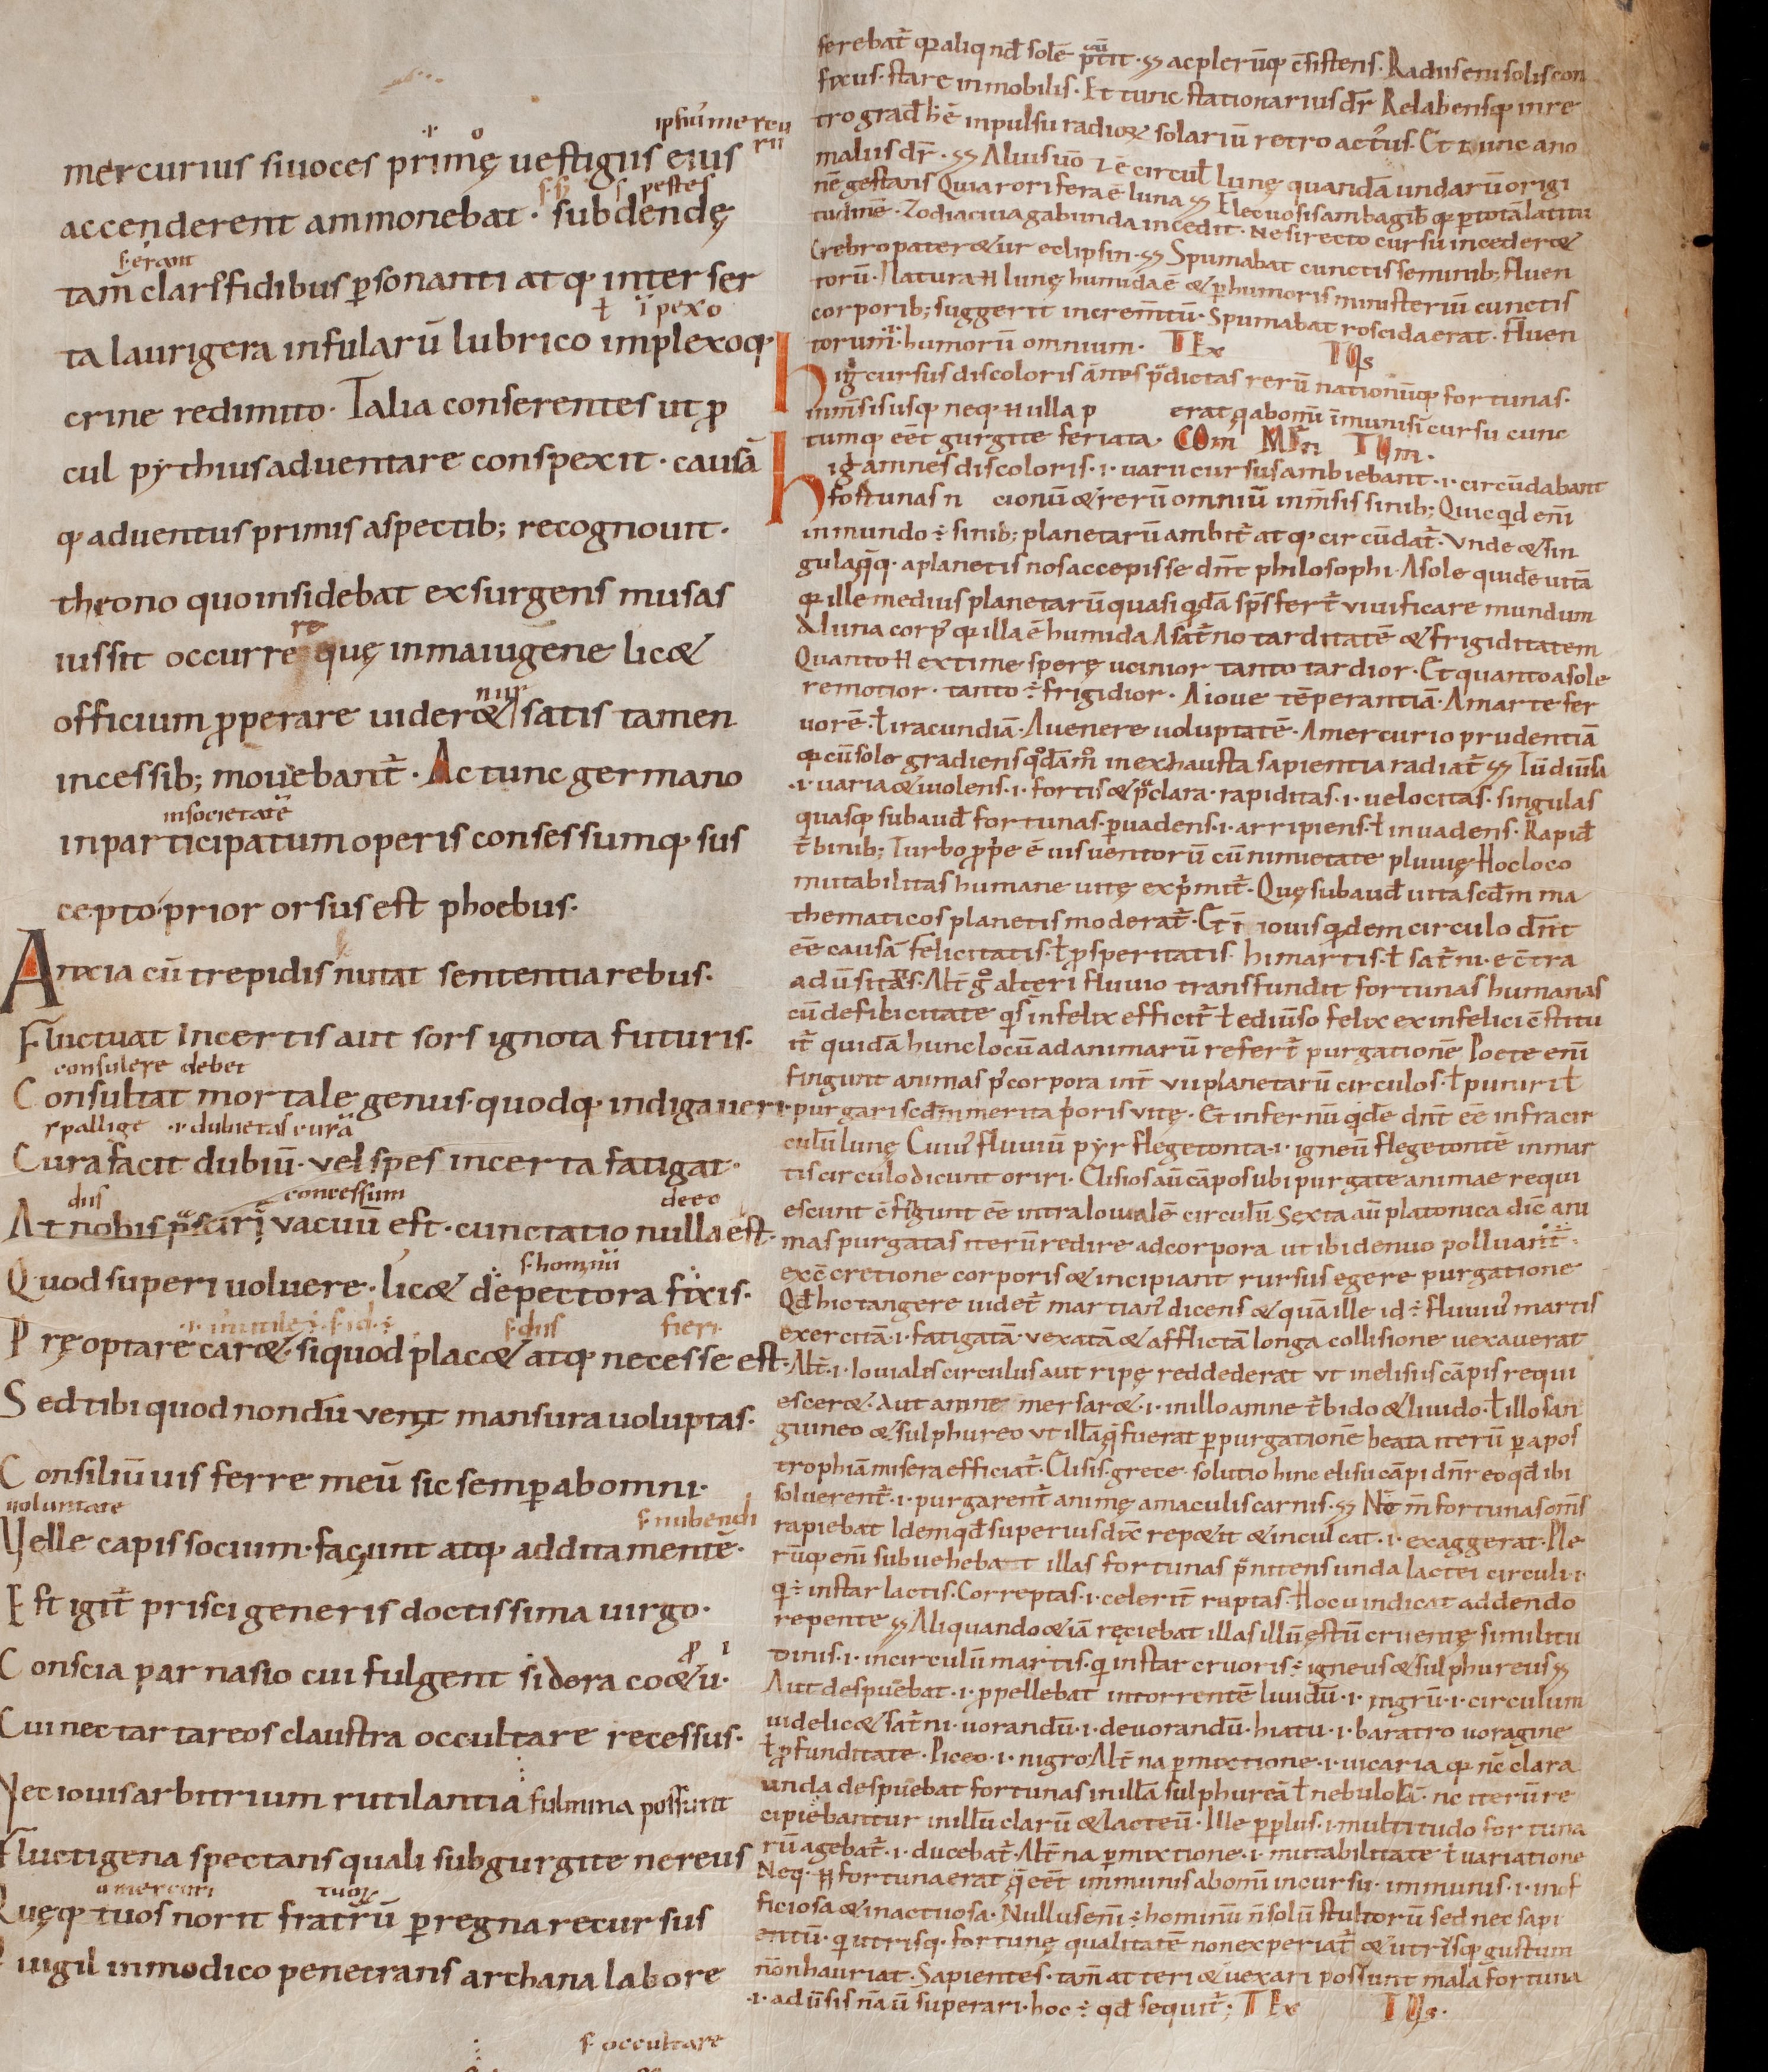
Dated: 1000–1099